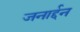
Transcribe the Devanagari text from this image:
जनार्द्दन